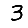
Digit: 3